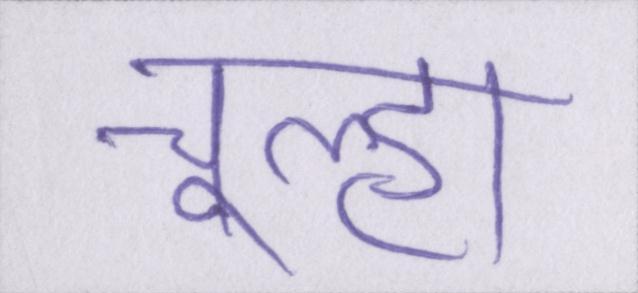
चूल्हा